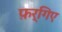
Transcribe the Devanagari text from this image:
फ़र्गिए